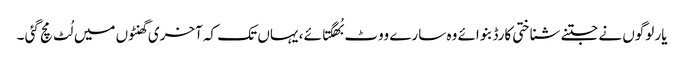
یار لوگوں نے جتنے شناختی کارڈ بنوائے وہ سارے ووٹ بُھگتائے ، یہاں تک کہ آخری گھنٹوں میں لُٹ مچ گئی ۔